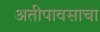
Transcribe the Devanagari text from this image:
अतीपावसाचा